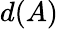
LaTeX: d(A)